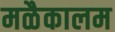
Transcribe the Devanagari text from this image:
मळैकालम